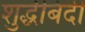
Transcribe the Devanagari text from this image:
शुद्धीबंदी